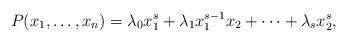
LaTeX: \begin{align*}P(x_1, \ldots, x_n)=\lambda_0 x_1^s+\lambda_1 x_1^{s-1}x_2+\cdots +\lambda_s x_2^s,\end{align*}